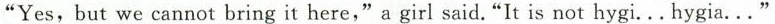
"Yes,but we cannot bring it here," a girl said."It is not hygi. ..